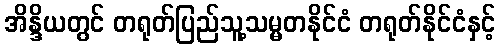
အိန္ဒိယတွင် တရုတ်ပြည်သူ့သမ္မတနိုင်ငံ တရုတ်နိုင်ငံနှင့်